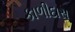
કાળીદાસ